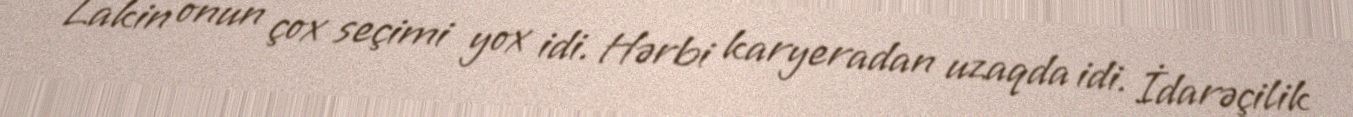
Lakin onun çox seçimi yox idi. Hərbi karyeradan uzaqda idi. İdarəçilik